Annual administration report of the Civil Veterinary Department of India - 1892-1893
Year: 1892
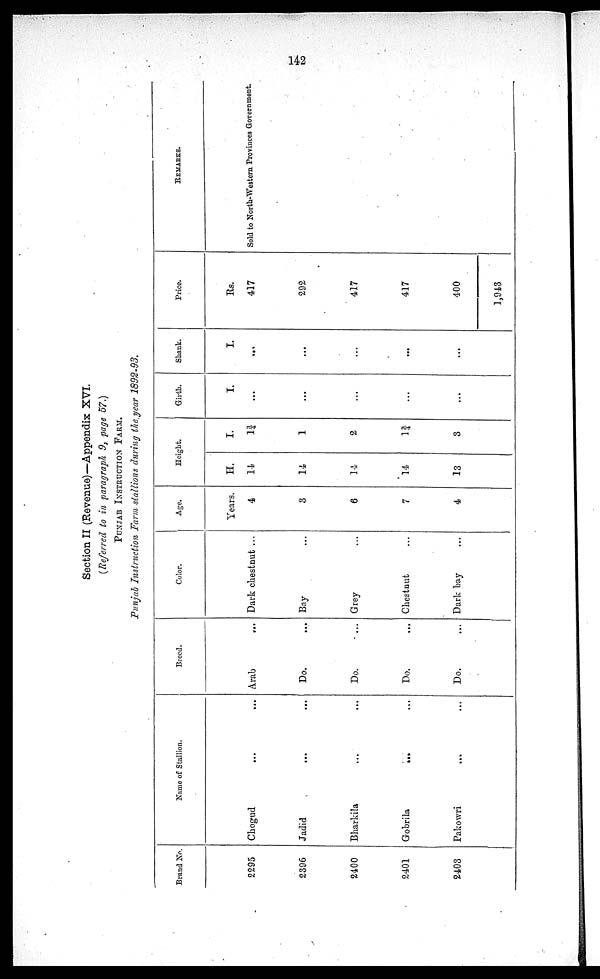
142
Section II (Revenue)—Appendix XVI.
(Referred to in paragraph 9, page 57.)
PUNJAB INSTRUCTION FARM.
Punjab Instruction Farm stallions during the year 1892-93.
Brand No.
2295
2396
2400
2401
2403
Name of Stallion.
Chogud ... ...
Jadid ... ...
Bharkila ... ...
Gobrila ... ...
Pakowri ... ...
Breed.
Arab
...
Do. ...
Do. …
Do. …
Do. …
Color.
Dark chestnut ...
Bay ...
Grey …
Chestnut …
Dark bay …
Age.
Years.
4
3
6
7
4
Height.
H.
14
14
14
14
13
I.
1¾
1
2
1¾
3
Girth.
I.
...
...
...
...
...
Shank.
I.
...…
...
...
...
...
Price.
Rs.
417
292
417
417
400
1,943
REMARKS.
Sold to North-Western Provinces Government.